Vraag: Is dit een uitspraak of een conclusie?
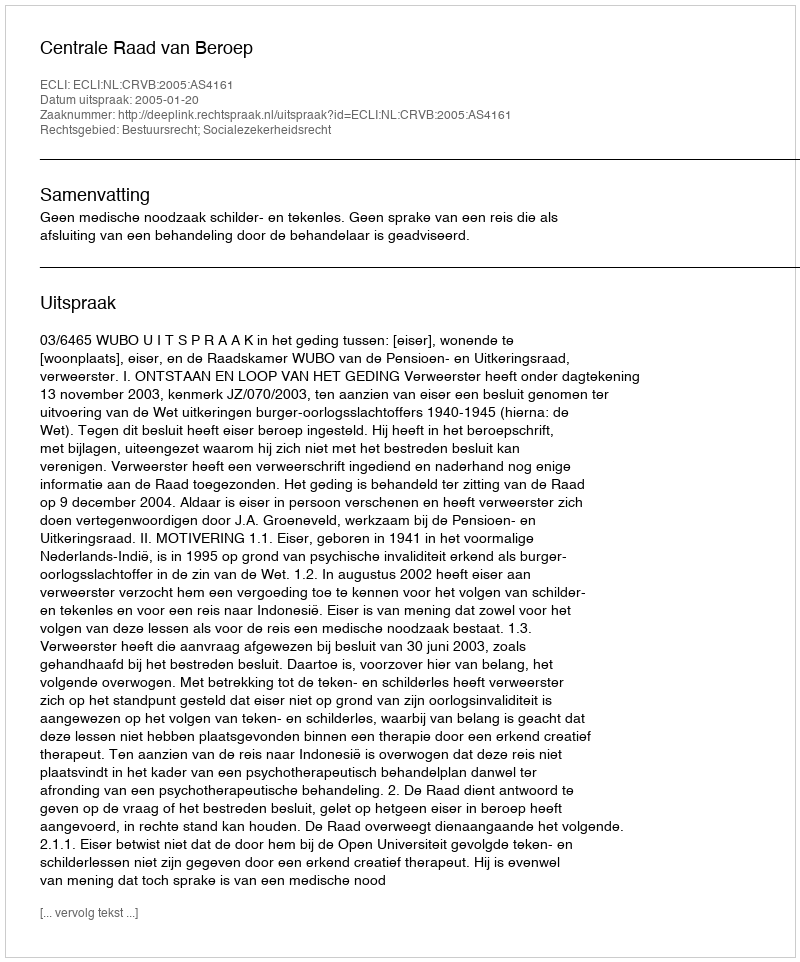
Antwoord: Uitspraak